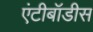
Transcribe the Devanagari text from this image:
एंटीबॉडीस